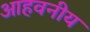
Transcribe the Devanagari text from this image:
आहवनीय